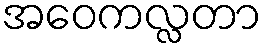
အဝေကလ္လတာ